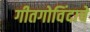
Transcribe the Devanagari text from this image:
गीतगोविंदाचे